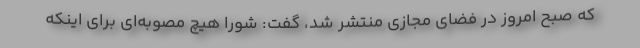
که صبح امروز در فضای مجازی منتشر شد، گفت: شورا هیچ مصوبه‌ای برای اینکه